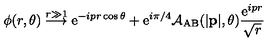
\phi ( r , \theta ) \stackrel { r \gg 1 } { \longrightarrow } \mathrm { e } ^ { - i p r \cos \theta } + \mathrm { e } ^ { i \pi / 4 } { \cal A } _ { \mathrm { A B } } ( | { \bf p } | , \theta ) \frac { \mathrm { e } ^ { i p r } } { \sqrt { r } }